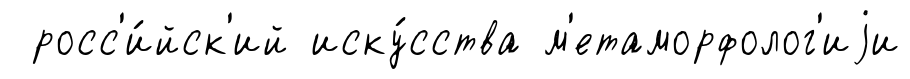
росс'и́йск'ий иску́сства м'етаморфолог'иjи